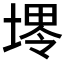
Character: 𱗟